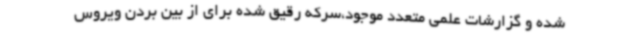
شده و گزارشات علمی متعدد موجود،سرکه رقیق شده برای از بین بردن ویروس